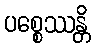
ပစ္စေဿန္တိ